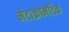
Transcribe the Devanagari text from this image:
मेटाक्रोमेटिक